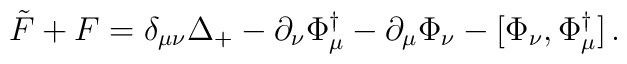
\tilde F+F = \delta_{\mu\nu}\Delta_+ -\partial_\nu \Phi_\mu^\dag-\partial_\mu\Phi_\nu -[\Phi_\nu ,\Phi_\mu^\dag ] \,.